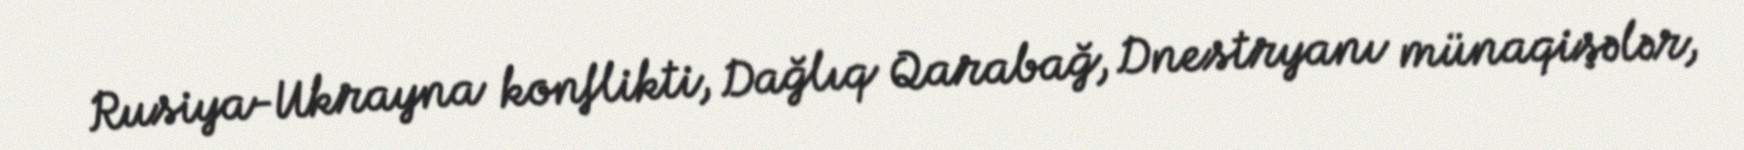
Rusiya-Ukrayna konflikti, Dağlıq Qarabağ, Dnestryanı münaqişələr,